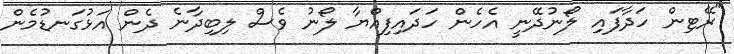
"ރޭޓިން ހަދާފައި ލޯނުދޭނީ އެހެން ހަދައިފިއްޔާ ލޯނު ވެސް ލިބިދާނެ ދެން އަޅުގަނޑުމެން